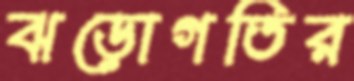
ঝড়োগতির